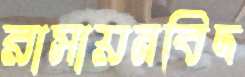
রাসায়নবিদ